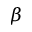
\beta